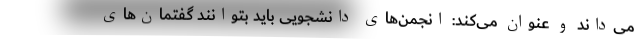
می‌داند و عنوان می‌کند: انجمن‌های دانشجویی باید بتوانند گفتمان‌های